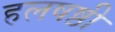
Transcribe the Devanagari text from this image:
हलषष्ठी